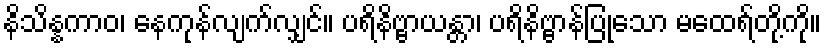
နိသိန္နကာဝ၊ နေကုန်လျက်လျှင်။ ပရိနိဗ္ဗာယန္တာ၊ ပရိနိဗ္ဗာန်ပြုသော မထေရ်တို့ကို။